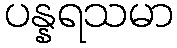
ပန္နရသမာ